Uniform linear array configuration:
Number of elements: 8
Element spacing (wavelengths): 0.25
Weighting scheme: binomial
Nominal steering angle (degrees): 30
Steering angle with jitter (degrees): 31.873
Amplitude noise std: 0.05
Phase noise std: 0.05

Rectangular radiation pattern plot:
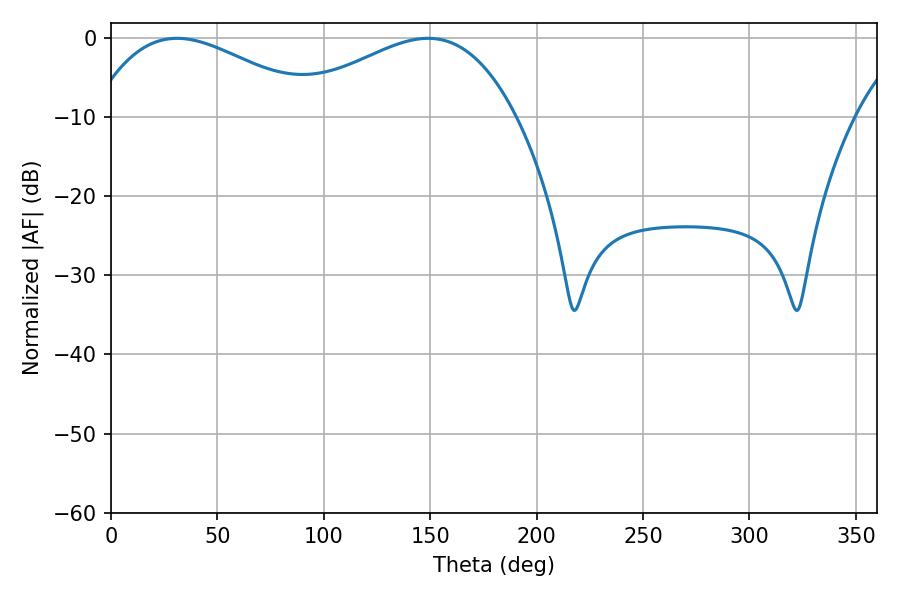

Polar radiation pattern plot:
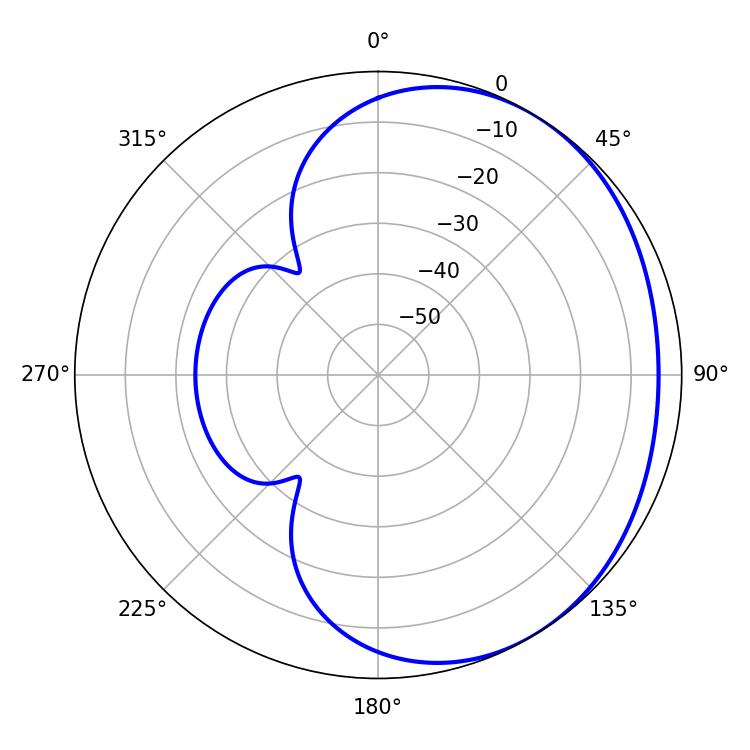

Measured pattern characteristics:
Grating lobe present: FALSE
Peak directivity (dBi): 2.133
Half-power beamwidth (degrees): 58.5
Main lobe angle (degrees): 30.96